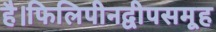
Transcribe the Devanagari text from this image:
है।फिलिपीनद्वीपसमूह